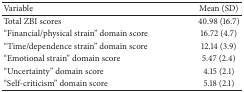
<table><thead><tr><td><b>Variable</b></td><td><b>Mean (SD)</b></td></tr></thead><tbody><tr><td>Total ZBI scores</td><td>40.98 (16.7)</td></tr><tr><td>“Financial/physical strain” domain score</td><td>16.72 (4.7)</td></tr><tr><td>“Time/dependence strain” domain score</td><td>12.14 (3.9)</td></tr><tr><td>“Emotional strain” domain score</td><td>5.47 (2.4)</td></tr><tr><td>“Uncertainty” domain score</td><td>4.15 (2.1)</td></tr><tr><td>“Self-criticism” domain score</td><td>5.18 (2.1) </td></tr></tbody></table>